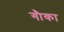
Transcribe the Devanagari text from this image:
गौका